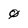
Character: 0